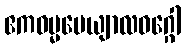
ဧကဓမ္မပေယျာလဝဂ္ဂေါ